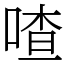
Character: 喳